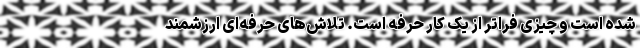
شده است و چیزی فراتر از یک کار حرفه است. تلاش‌های حرفه‌ای ارزشمند